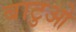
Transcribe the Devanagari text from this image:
बाटुओ